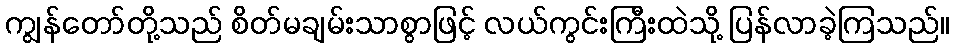
ကျွန်တော်တို့သည် စိတ်မချမ်းသာစွာဖြင့် လယ်ကွင်းကြီးထဲသို့ ပြန်လာခဲ့ကြသည်။